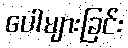
ပေါများခြင်း